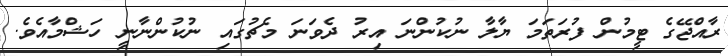
ރާއްޖޭގެ ޓީމުން ފުރަތަމަ ޔާލާ ނުކުންނަ އިރު ދެވަނަ މެޗުގައި ނުކުންނާނީ ހަޝްމާއެވެ.